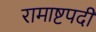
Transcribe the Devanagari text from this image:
रामाष्टपदी